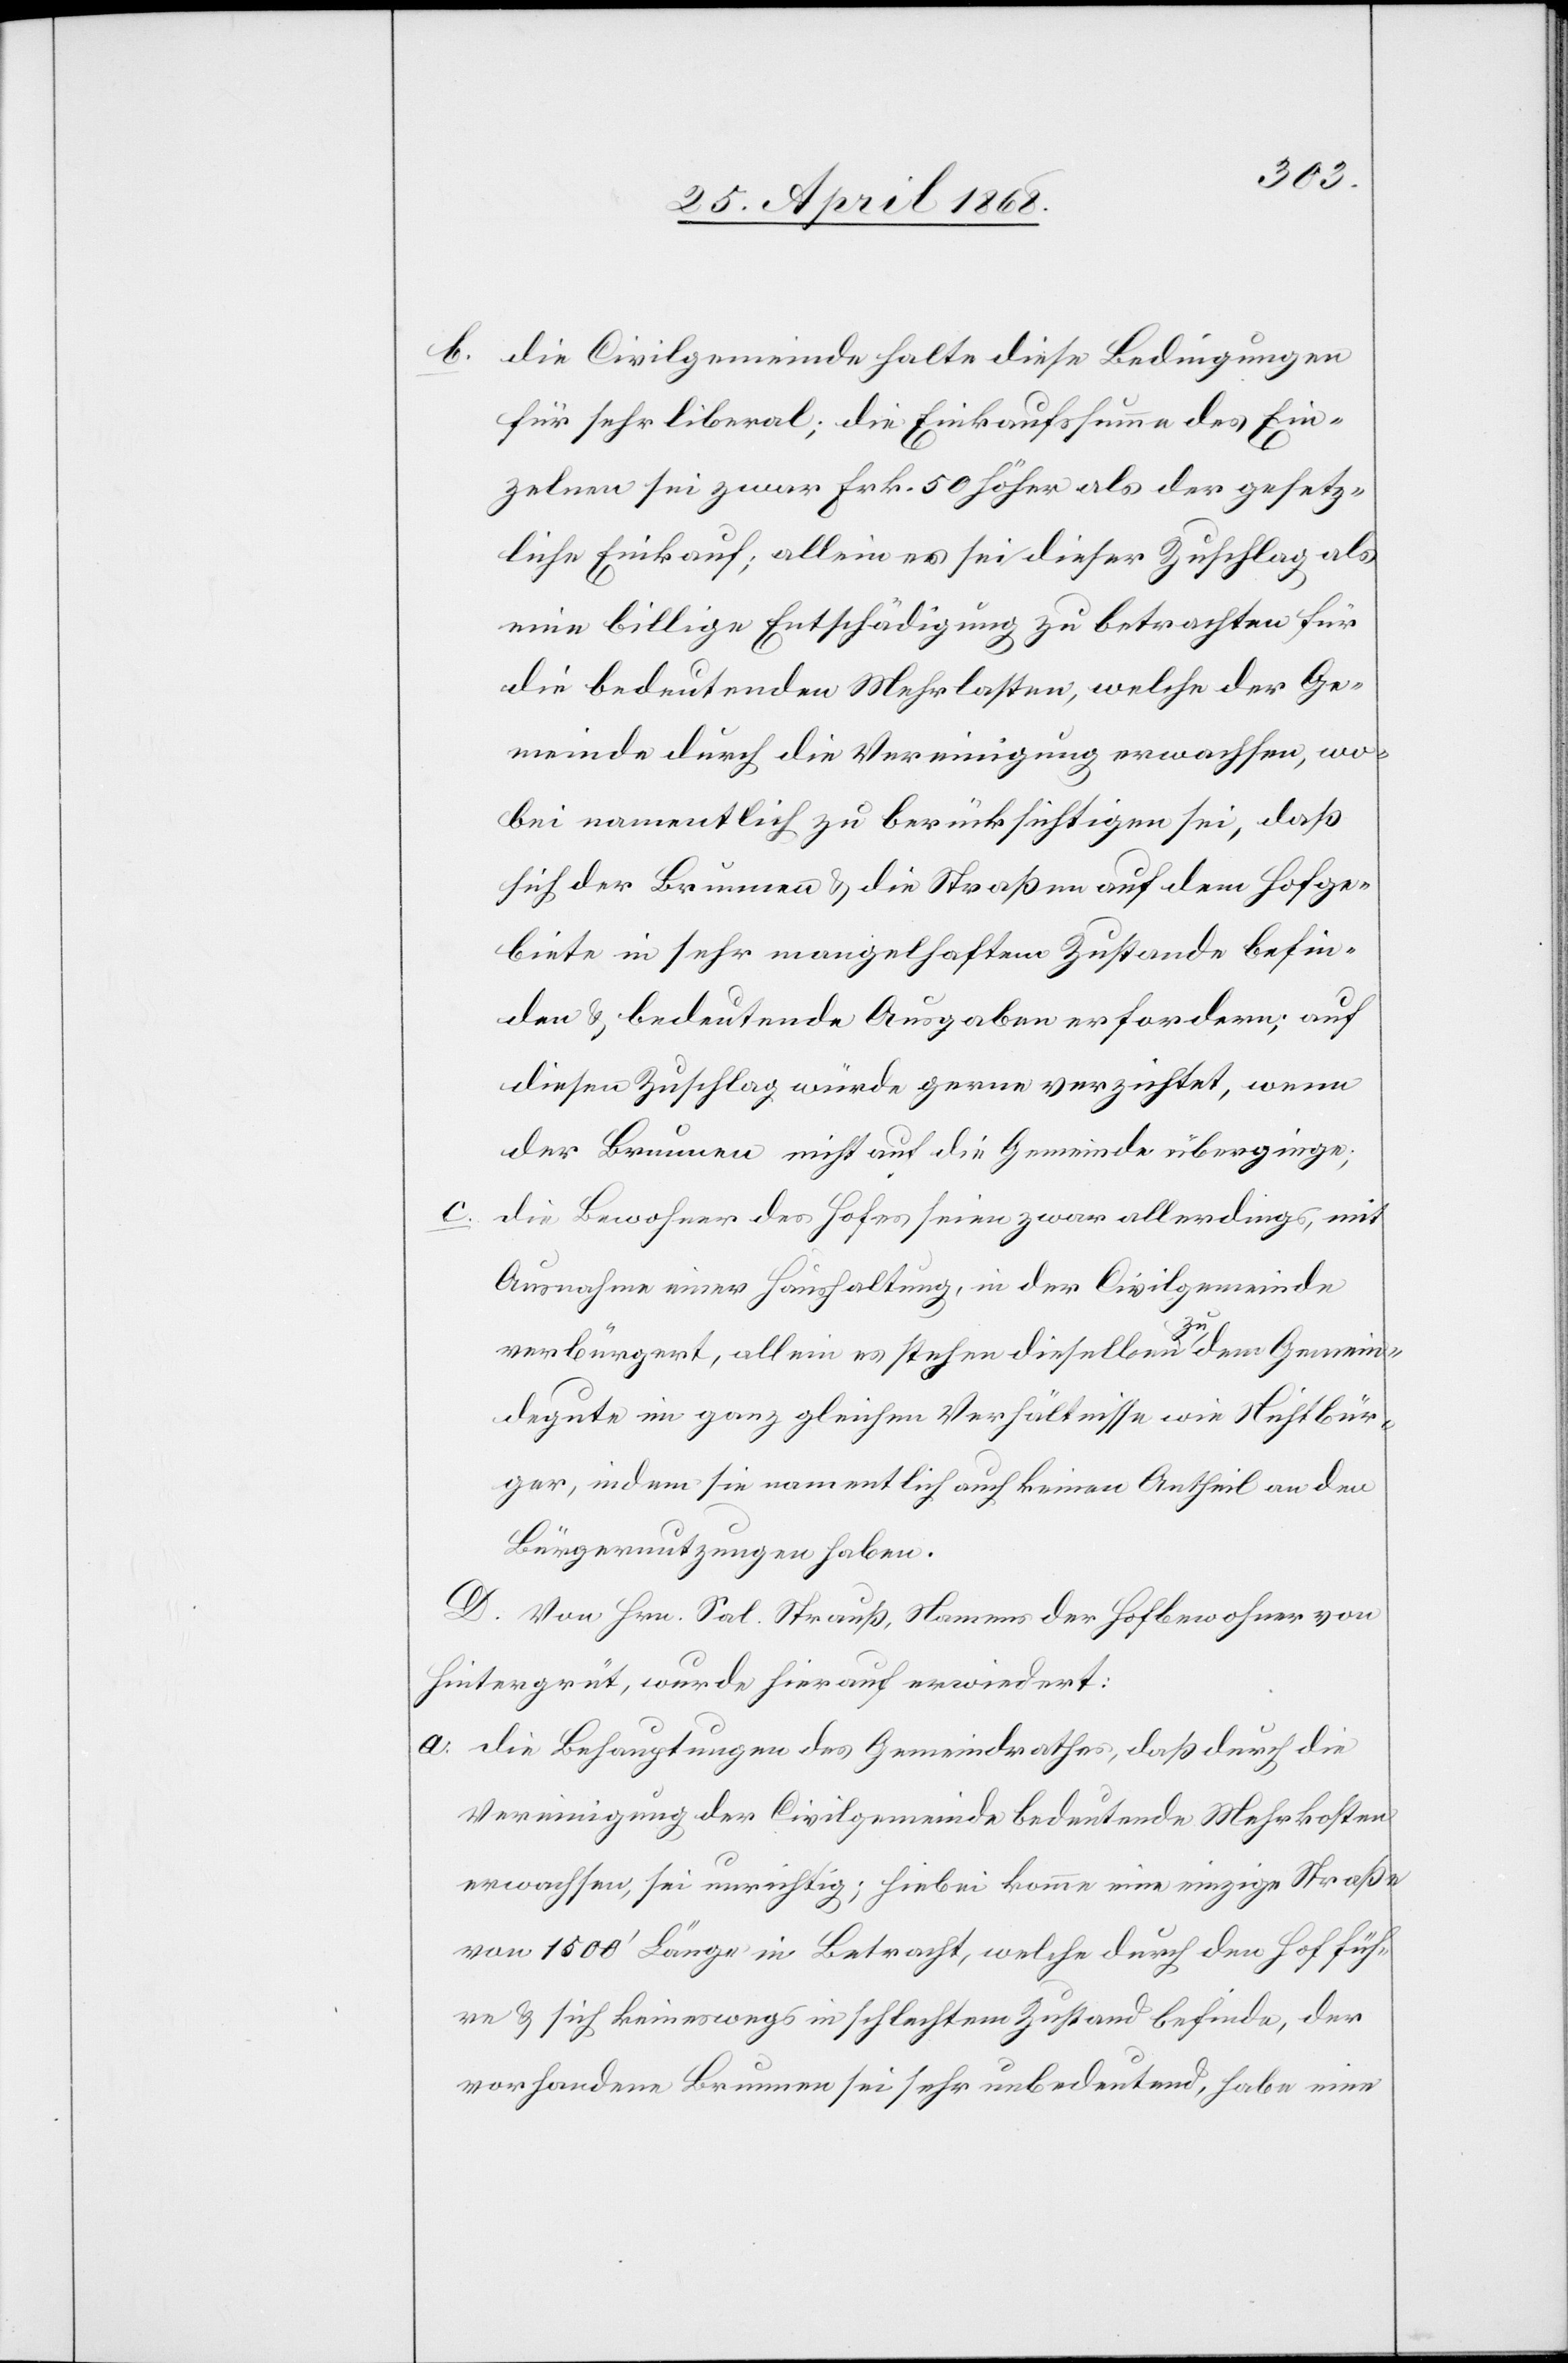
b.

die Civilgemeinde halte diese Bedingungen
für sehr liberal; die Einkaufssumme des Ein¬
zelnen sei zwar Frk. 50 höher als der gesetz¬
liche Einkauf; allein es sei dieser Zuschlag als
eine billige Entschädigung zu betrachten für
die bedeutenden Mehrlasten, welche der Ge¬
meinde durch die Vereinigung erwachsen, wo¬
bei namentlich zu berücksichtigen sei, daß
sich der Brunnen & die Straßen auf dem Hofge¬
biete in sehr mangelhaftem Zustande befin¬
den & bedeutende Ausgaben erfordern; auf
diesen Zuschlag würde gerne verzichtet, wenn
der Brunnen nicht auf die Gemeinde überginge;
die Bewohner des Hofes seien zwar allerdings, mit
Ausnahme einer Haushaltung, in der Civilgemeinde
verbürgert, allein es stehen dieselben zu dem Gemein¬
degute im ganz gleichen Verhältnisse wie Nichtbür¬
ger, indem sie namentlich auch keinen Antheil an den
Bürgernutzungen haben.
D. Von Hrn. Sal. Strauß, Namens der Hofbewohner von
Hintergrüt, wurde hierauf erwiedert:
die Behauptungen des Gemeindrathes, daß durch die
Vereinigung der Civilgemeinde bedeutende Mehrkosten
erwachsen, sei unrichtig; hiebei komme eine einzige Straße
von 1500‘ Länge in Betracht, welche durch den Hof füh¬
re & sich keineswegs in schlechtem Zustand befinde, der
vorhandene Brunnen sei sehr unbedeutend, habe eine